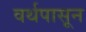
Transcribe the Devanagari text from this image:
वर्थपासून